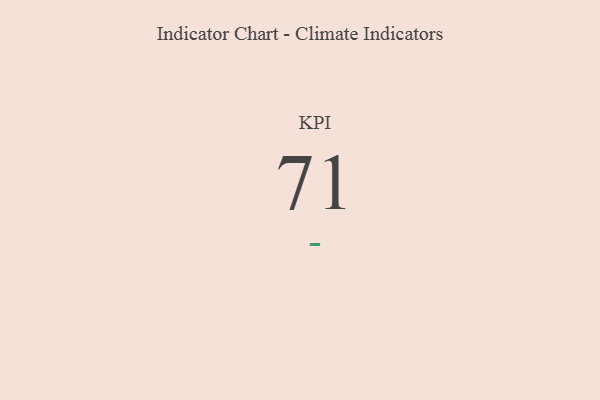
{"axis": {"x": "KPI", "y": "Value"}, "legend": [""], "data": [{"x": "KPI", "y": 71, "type": ""}]}